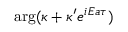
\arg ( \kappa + \kappa ^ { \prime } e ^ { i E a \tau } )